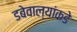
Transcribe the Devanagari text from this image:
डबेवाल्यांकडे